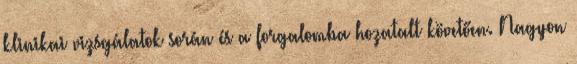
klinikai vizsgálatok során és a forgalomba hozatalt követően. Nagyon